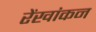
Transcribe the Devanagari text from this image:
रेंखांकन